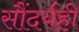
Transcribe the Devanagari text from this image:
सौंदर्यही